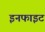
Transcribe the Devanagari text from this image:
इनफाइट